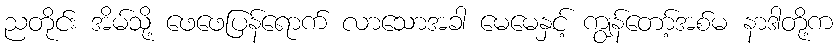
ညတိုင်း အိမ်သို့ ဖေဖေပြန်ရောက် လာသောအခါ မေမေနှင့် ကျွန်တော့်အစ်မ နာဒါတို့က